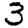
Digit: 3